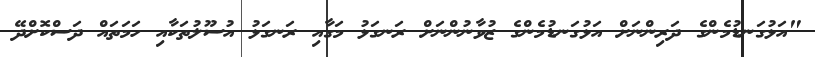
"އަޅުގަނޑުމެންގެ ދަރިންނަށް އަޅުގަނޑުމެންގެ ޒުވާނުންނަށް ރަނގަޅު މަގާއި ރަނގަޅު އުސޫލުތަކާއި ހަމަތައް ދަސްކޮށްދޭ